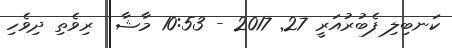
ކަނބިލި ފެބުރުއަރީ 27